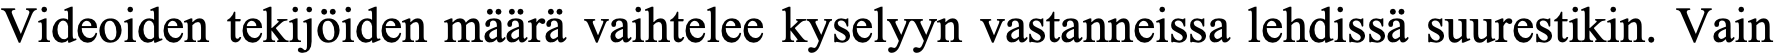
Videoiden tekijöiden määrä vaihtelee kyselyyn vastanneissa lehdissä suurestikin. Vain